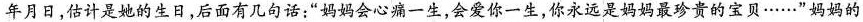
年月日，估计是她的生日，后面有几句话：”妈妈会心痛一生，会爱你一生，你永远是妈妈最珍贵的贝……”妈妈的